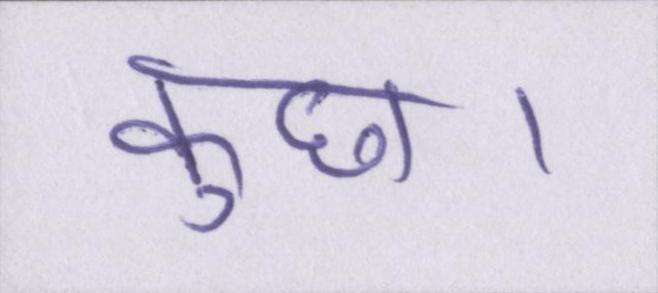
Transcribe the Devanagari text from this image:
कुछ।